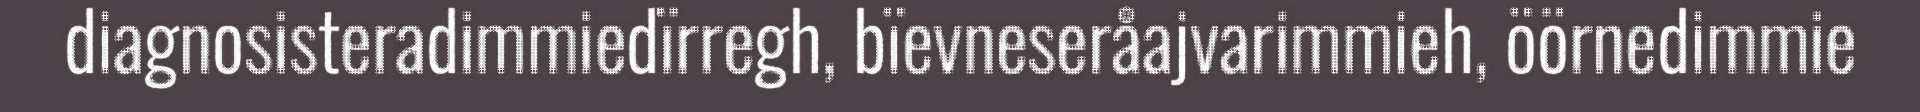
diagnosisteradimmiedïrregh, bïevneseråajvarimmieh, öörnedimmie